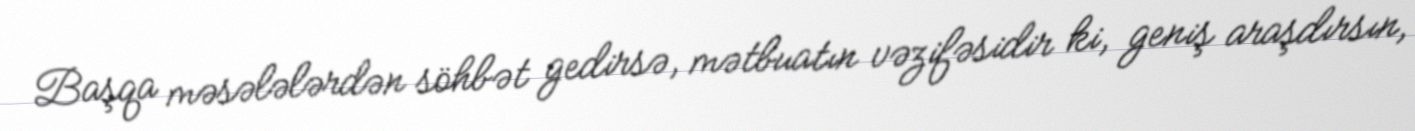
Başqa məsələlərdən söhbət gedirsə, mətbuatın vəzifəsidir ki, geniş araşdırsın,